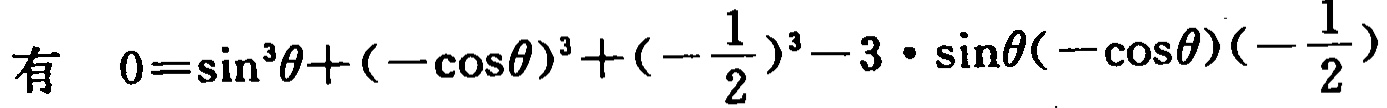
有 \(0=\sin^{3}\theta+(-\cos\theta)^{3}+(-\frac{1}{2})^{3}-3\cdot\sin\theta(-\cos\theta)(-\frac{1}{2})\)